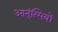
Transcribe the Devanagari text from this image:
आनुंत्सियों